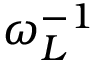
\omega _ { L } ^ { - 1 }